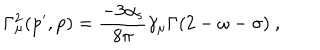
\mathrm { \Gamma _ { \ m u } ^ { 2 } ( p ^ { \prime } , p ) = \frac { - 3 \ a l p h a _ { s } } { 8 \ p i } \ g a m m a _ { \ m u } \Gamma ( 2 - \ o m e g a - \ s i g m a ) ~ , }